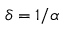
\delta = 1 / \alpha